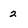
Character: 2